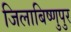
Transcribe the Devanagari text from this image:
जिलाबिष्णुपुर